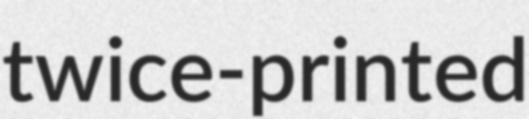
twice-printed